Report of the Indian Hemp Drugs Commission, 1894-1895 - Volume I
Year: 1894
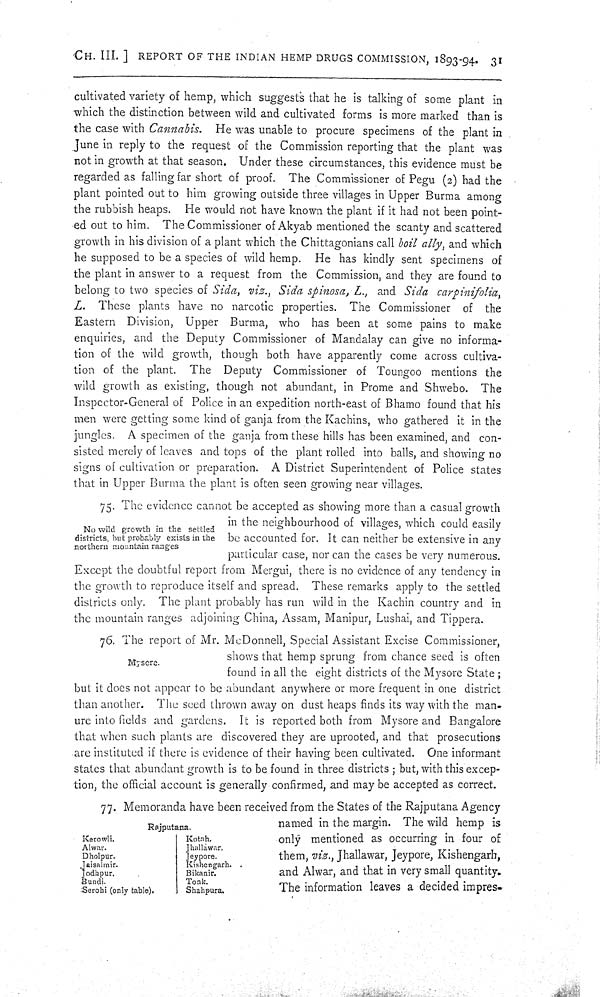
CH. III.] REPORT OF THE INDIAN HEMP DRUGS COMMISSION, 1893-94. 31
cultivated variety of hemp, which suggests that he is talking of some plant in
which the distinction between wild and cultivated forms is more marked than is
the case with Cannabis. He was unable to procure specimens of the plant in
June in reply to the request of the Commission reporting that the plant was
not in growth at that season. Under these circumstances, this evidence must be
regarded as falling far short of proof. The Commissioner of Pegu (2) had the
plant pointed out to him growing outside three villages in Upper Burma among
the rubbish heaps. He would not have known the plant if it had not been point-
ed out to him. The Commissioner of Akyab mentioned the scanty and scattered
growth in his division of a plant which the Chittagonians call boil ally, and which
he supposed to be a species of wild hemp. He has kindly sent specimens of
the plant in answer to a request from the Commission, and they are found to
belong to two species of Sida, viz., Sida spinosa, L., and Sida carpinifolia,
L. These plants have no narcotic properties. The Commissioner of the
Eastern Division, Upper Burma, who has been at some pains to make
enquiries, and the Deputy Commissioner of Mandalay can give no informa-
tion of the wild growth, though both have apparently come across cultiva-
tion of the plant. The Deputy Commissioner of Toungoo mentions the
wild growth as existing, though not abundant, in Prome and Shwebo. The
Inspector-General of Police in an expedition north-east of Bhamo found that his
men were getting some kind of ganja from the Kachins, who gathered it in the
jungles. A specimen of the ganja from these hills has been examined, and con-
sisted merely of leaves and tops of the plant rolled into balls, and showing no
signs of cultivation or preparation. A District Superintendent of Police states
that in Upper Burma the plant is often seen growing near villages.
No wild growth in the settled
districts, but probably exists in the
northern mountain ranges
75. The evidence cannot be accepted as showing more than a casual growth
in the neighbourhood of villages, which could easily
be accounted for. It can neither be extensive in any
particular case, nor can the cases be very numerous.
Except the doubtful report from Mergui, there is no evidence of any tendency in
the growth to reproduce itself and spread. These remarks apply to the settled
districts only. The plant probably has run wild in the Kachin country and in
the mountain ranges adjoining China, Assam, Manipur, Lushai, and Tippera.
Mysore.
76. The report of Mr. McDonnell, Special Assistant Excise Commissioner,
shows that hemp sprung from chance seed is often
found in all the eight districts of the Mysore State;
but it does not appear to be abundant anywhere or more frequent in one district
than another. The seed thrown away on dust heaps finds its way with the man-
ure into fields and gardens. It is reported both from Mysore and Bangalore
that when such plants are discovered they are uprooted, and that prosecutions
are instituted if there is evidence of their having been cultivated. One informant
states that abundant growth is to be found in three districts; but, with this excep-
tion, the official account is generally confirmed, and may be accepted as correct.
Rajputana.
Kerowli.
Kotah.
Alwar.
Jhallawar.
Dholpur.
Jeypore.
Jaisalmir.
Jodhpur.
Kishengarh.
Jaisalmir.
Jodhpur.
Bikanir.
Bundi.
Tonk.
Serohi (only table).
Shahpura.
77. Memoranda have been received from the States of the Rajputana Agency
named in the margin. The wild hemp is
only mentioned as occurring in four of
them, viz., Jhallawar, Jeypore, Kishengarh,
and Alwar, and that in very small quantity.
The information leaves a decided impres-